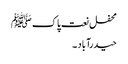
محفل نعت پاک ﷺ
حیدرآباد ۔